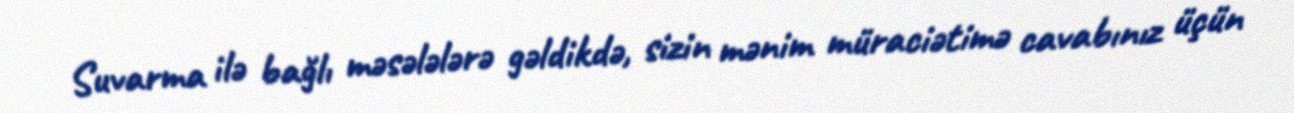
Suvarma ilə bağlı məsələlərə gəldikdə, sizin mənim müraciətimə cavabınız üçün